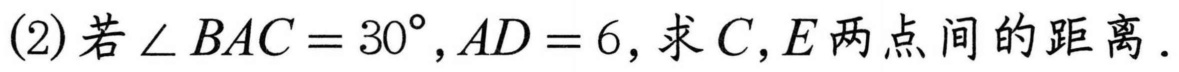
(2)若$\angle BAC = 30^{\circ},AD = 6$,求$C,E$两点间的距离.